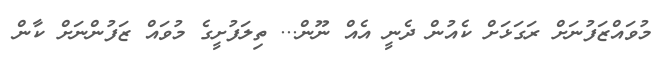
މުވައްޒަފުނަށް ރަގަޅަށް ކެއުން ދެނީ އެއް ނޫން... ތިލަފުށީގެ މުވައް ޒަފުންނަށް ކާން